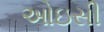
ઓઇસી